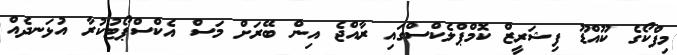
މިފްކޯގެ ކޫއްޑޫ ފިޝަރީޒް ކޮމްޕްލެކްސްގައި ރާއްޖެ އިން ބޭރަށް މަސް އެކްސްޕޯޓުކުރާ އުޅަނދެއް